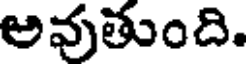
అవుతుంది.